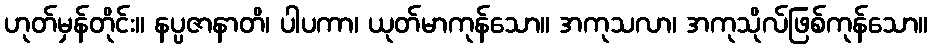
ဟုတ်မှန်တိုင်း။ နပ္ပဇာနာတိ၊ ပါပကာ၊ ယုတ်မာကုန်သော။ အကုသလာ၊ အကုသိုလ်ဖြစ်ကုန်သော။